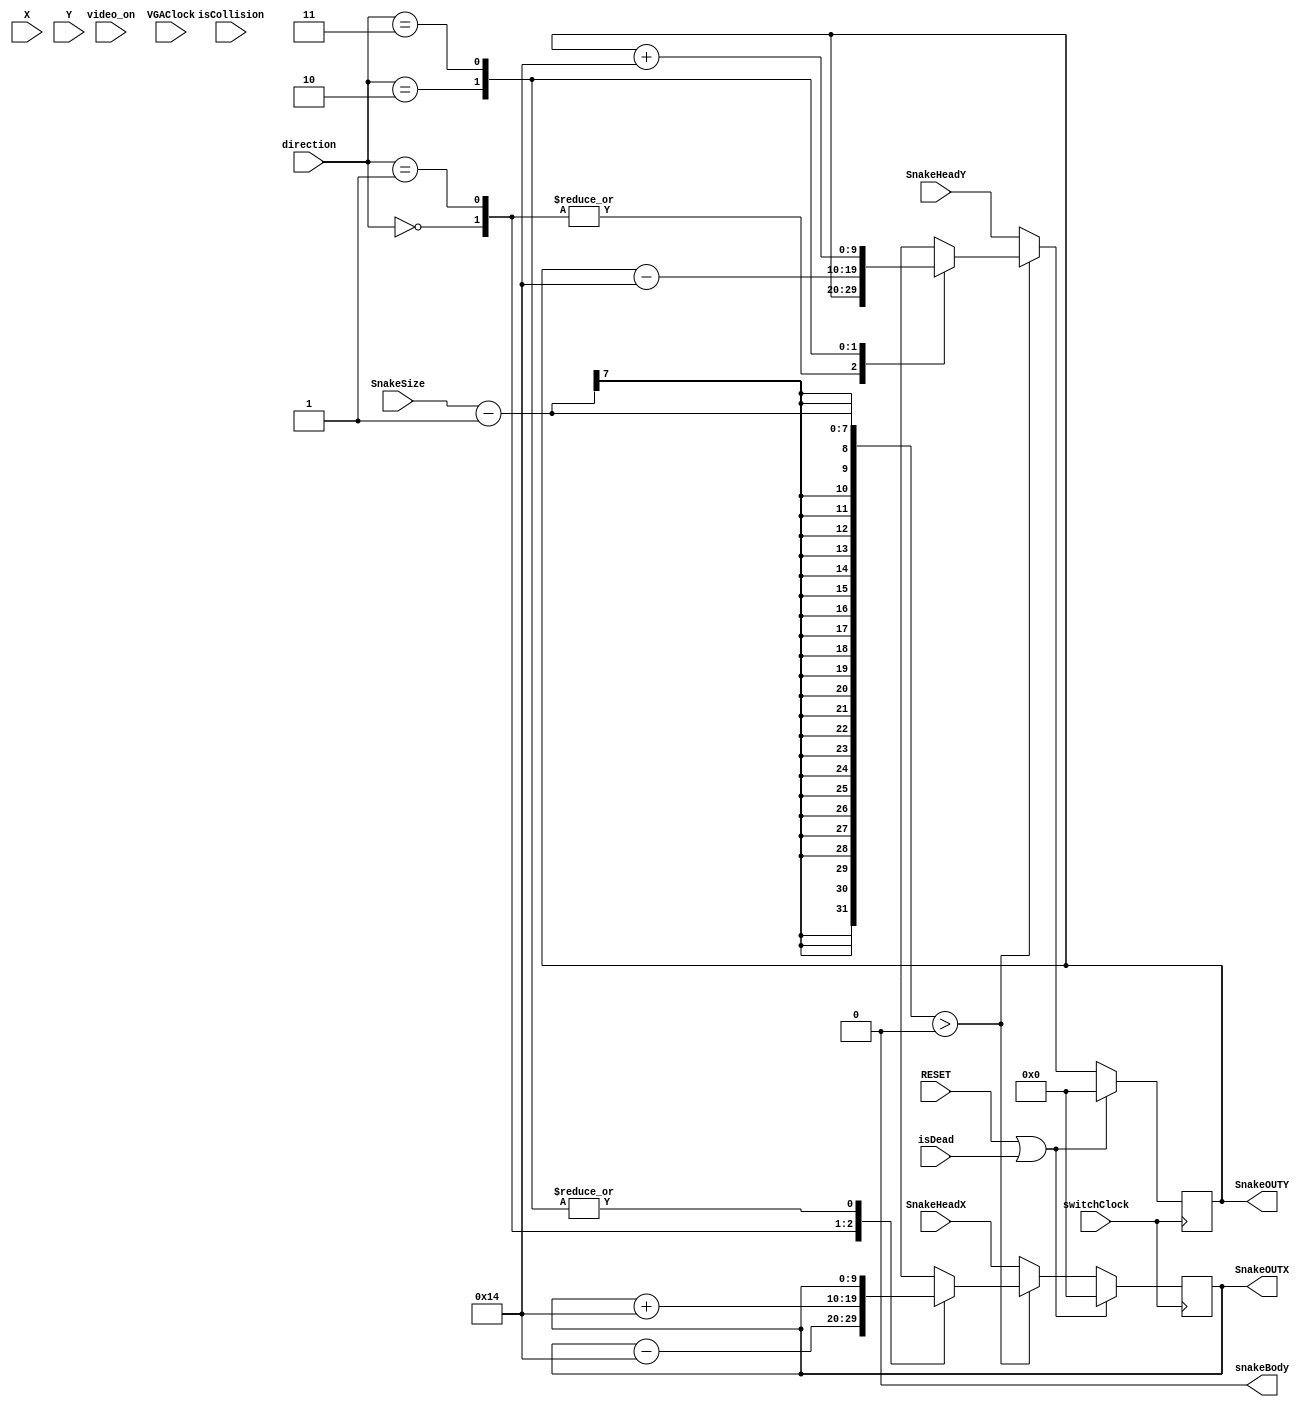
`timescale 1ns / 1ps
module SnakeBody #(parameter WIDTH = 10,SNAKE_MAX_SIZE = 64) (
    input switchClock,isCollision,video_on,VGAClock,
    input [1:0]direction,
    input [9:0]X,Y,SnakeHeadX,SnakeHeadY,
    input [6:0]SnakeSize,
    input RESET,
    input isDead,
    output reg snakeBody,
    output reg [9:0]SnakeOUTX,SnakeOUTY
);
    parameter D_LEFT                = 2'b00;
    parameter D_RIGHT               = 2'b01;
    parameter D_UP                  = 2'b10;
    parameter D_DOWN                = 2'b11;
    reg [9:0]SnakeX[0:63],SnakeY[0:63];
    integer SnakeBodyIndex;
    integer SnakeBodyIndex2;

    initial begin
        snakeBody = 0;
        SnakeX[0] = 0;
        SnakeY[0] = 0;
        for(SnakeBodyIndex = 0 ; SnakeBodyIndex < SNAKE_MAX_SIZE; SnakeBodyIndex = SnakeBodyIndex + 1) begin
            SnakeX[SnakeBodyIndex] = 0; 
            SnakeY[SnakeBodyIndex] = 0; 
        end
    end    
    
    
    always @ (posedge switchClock) begin
         if(RESET || isDead) begin
            for(SnakeBodyIndex = 0 ; SnakeBodyIndex < SNAKE_MAX_SIZE; SnakeBodyIndex = SnakeBodyIndex + 1) begin
                SnakeX[SnakeBodyIndex] <= 0; 
                SnakeY[SnakeBodyIndex] <= 0; 
            end 
        end
        else if(SnakeSize - 1 > 0) begin
            for(SnakeBodyIndex = SNAKE_MAX_SIZE - 1 ; SnakeBodyIndex > 0; SnakeBodyIndex = SnakeBodyIndex - 1) begin
                if(SnakeBodyIndex <= SnakeSize) begin
                    SnakeX[SnakeBodyIndex] <= SnakeX[SnakeBodyIndex - 1]; 
                    SnakeY[SnakeBodyIndex] <= SnakeY[SnakeBodyIndex - 1]; 
                end
            end 
            case (direction)
                D_LEFT  : SnakeX[0] <= (SnakeX[0] - (WIDTH * 2));
                D_RIGHT : SnakeX[0] <= (SnakeX[0] + (WIDTH * 2));
                D_UP    : SnakeY[0] <= (SnakeY[0] - (WIDTH * 2));
                D_DOWN  : SnakeY[0] <= (SnakeY[0] + (WIDTH * 2));
                default : begin
                    SnakeX[0] = SnakeHeadX;
                    SnakeY[0] = SnakeHeadY;
                end
            endcase
        end
        else begin
            SnakeX[0] = SnakeHeadX;
            SnakeY[0] = SnakeHeadY;
        end
    end
    
    always @ (*) begin
//        for(SnakeBodyIndex2 = 0; SnakeBodyIndex2 < SnakeSize ; SnakeBodyIndex2 = SnakeBodyIndex2 + 1) begin
//        snakeBody <= (X >= SnakeX[0] && X <= SnakeX[0] - 1 + (WIDTH * 2)  && Y >= SnakeY[0] &&  Y <= SnakeY[0] - 1 + (WIDTH * 2));
        SnakeOUTX <= SnakeX[0];
        SnakeOUTY <= SnakeY[0];
//        end
    end
    
endmodule